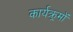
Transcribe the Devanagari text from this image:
कार्यक्र्रमों